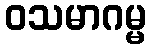
ဝသမာဂမ္မ